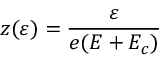
z ( \varepsilon ) = \frac { \varepsilon } { e ( E + E _ { c } ) }